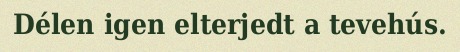
Délen igen elterjedt a tevehús.